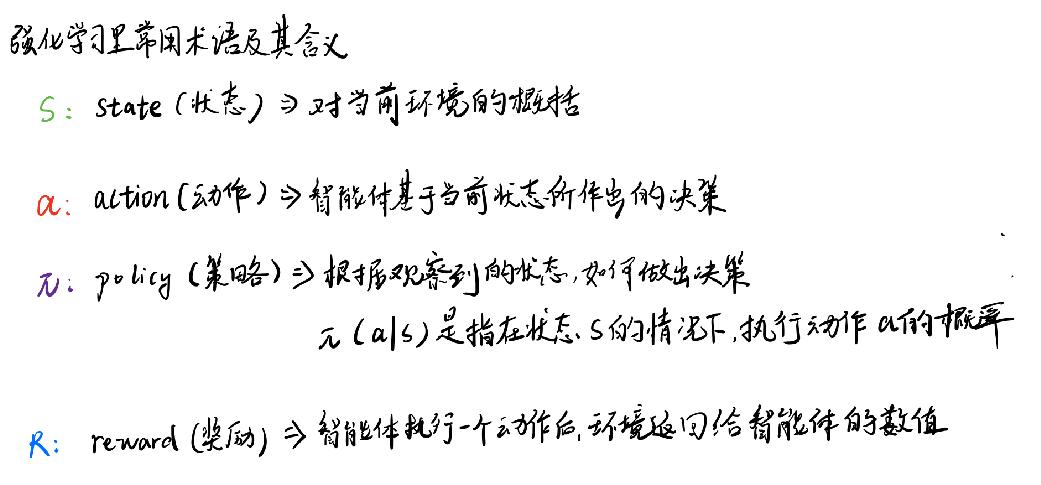
强化学习里常用术语及其含义

- $S$: state（状态）⇒ 对当前环境的刻画
- $a$: action（动作）⇒ 智能体基于当前状态所作出的决策
- $\pi$: policy（策略）⇒ 根据观察到的状态，作出决策
   $\pi(a|s)$是指在状态$S$的情况下，执行动作$a$的概率
- $R$: reward（奖励）⇒ 智能体执行一个动作后，环境返回给智能体的数值